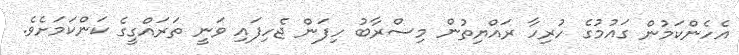
އެހެންކަމުން ގައުމުގެ ހުރިހާ ރައްޔިތުން މިސްރާބު ހިފަން ޖެހިފައި ވަނީ ތަރައްގީގެ ކަންކަމަށެވެ.